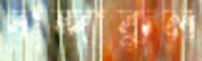
বান্দাকুল